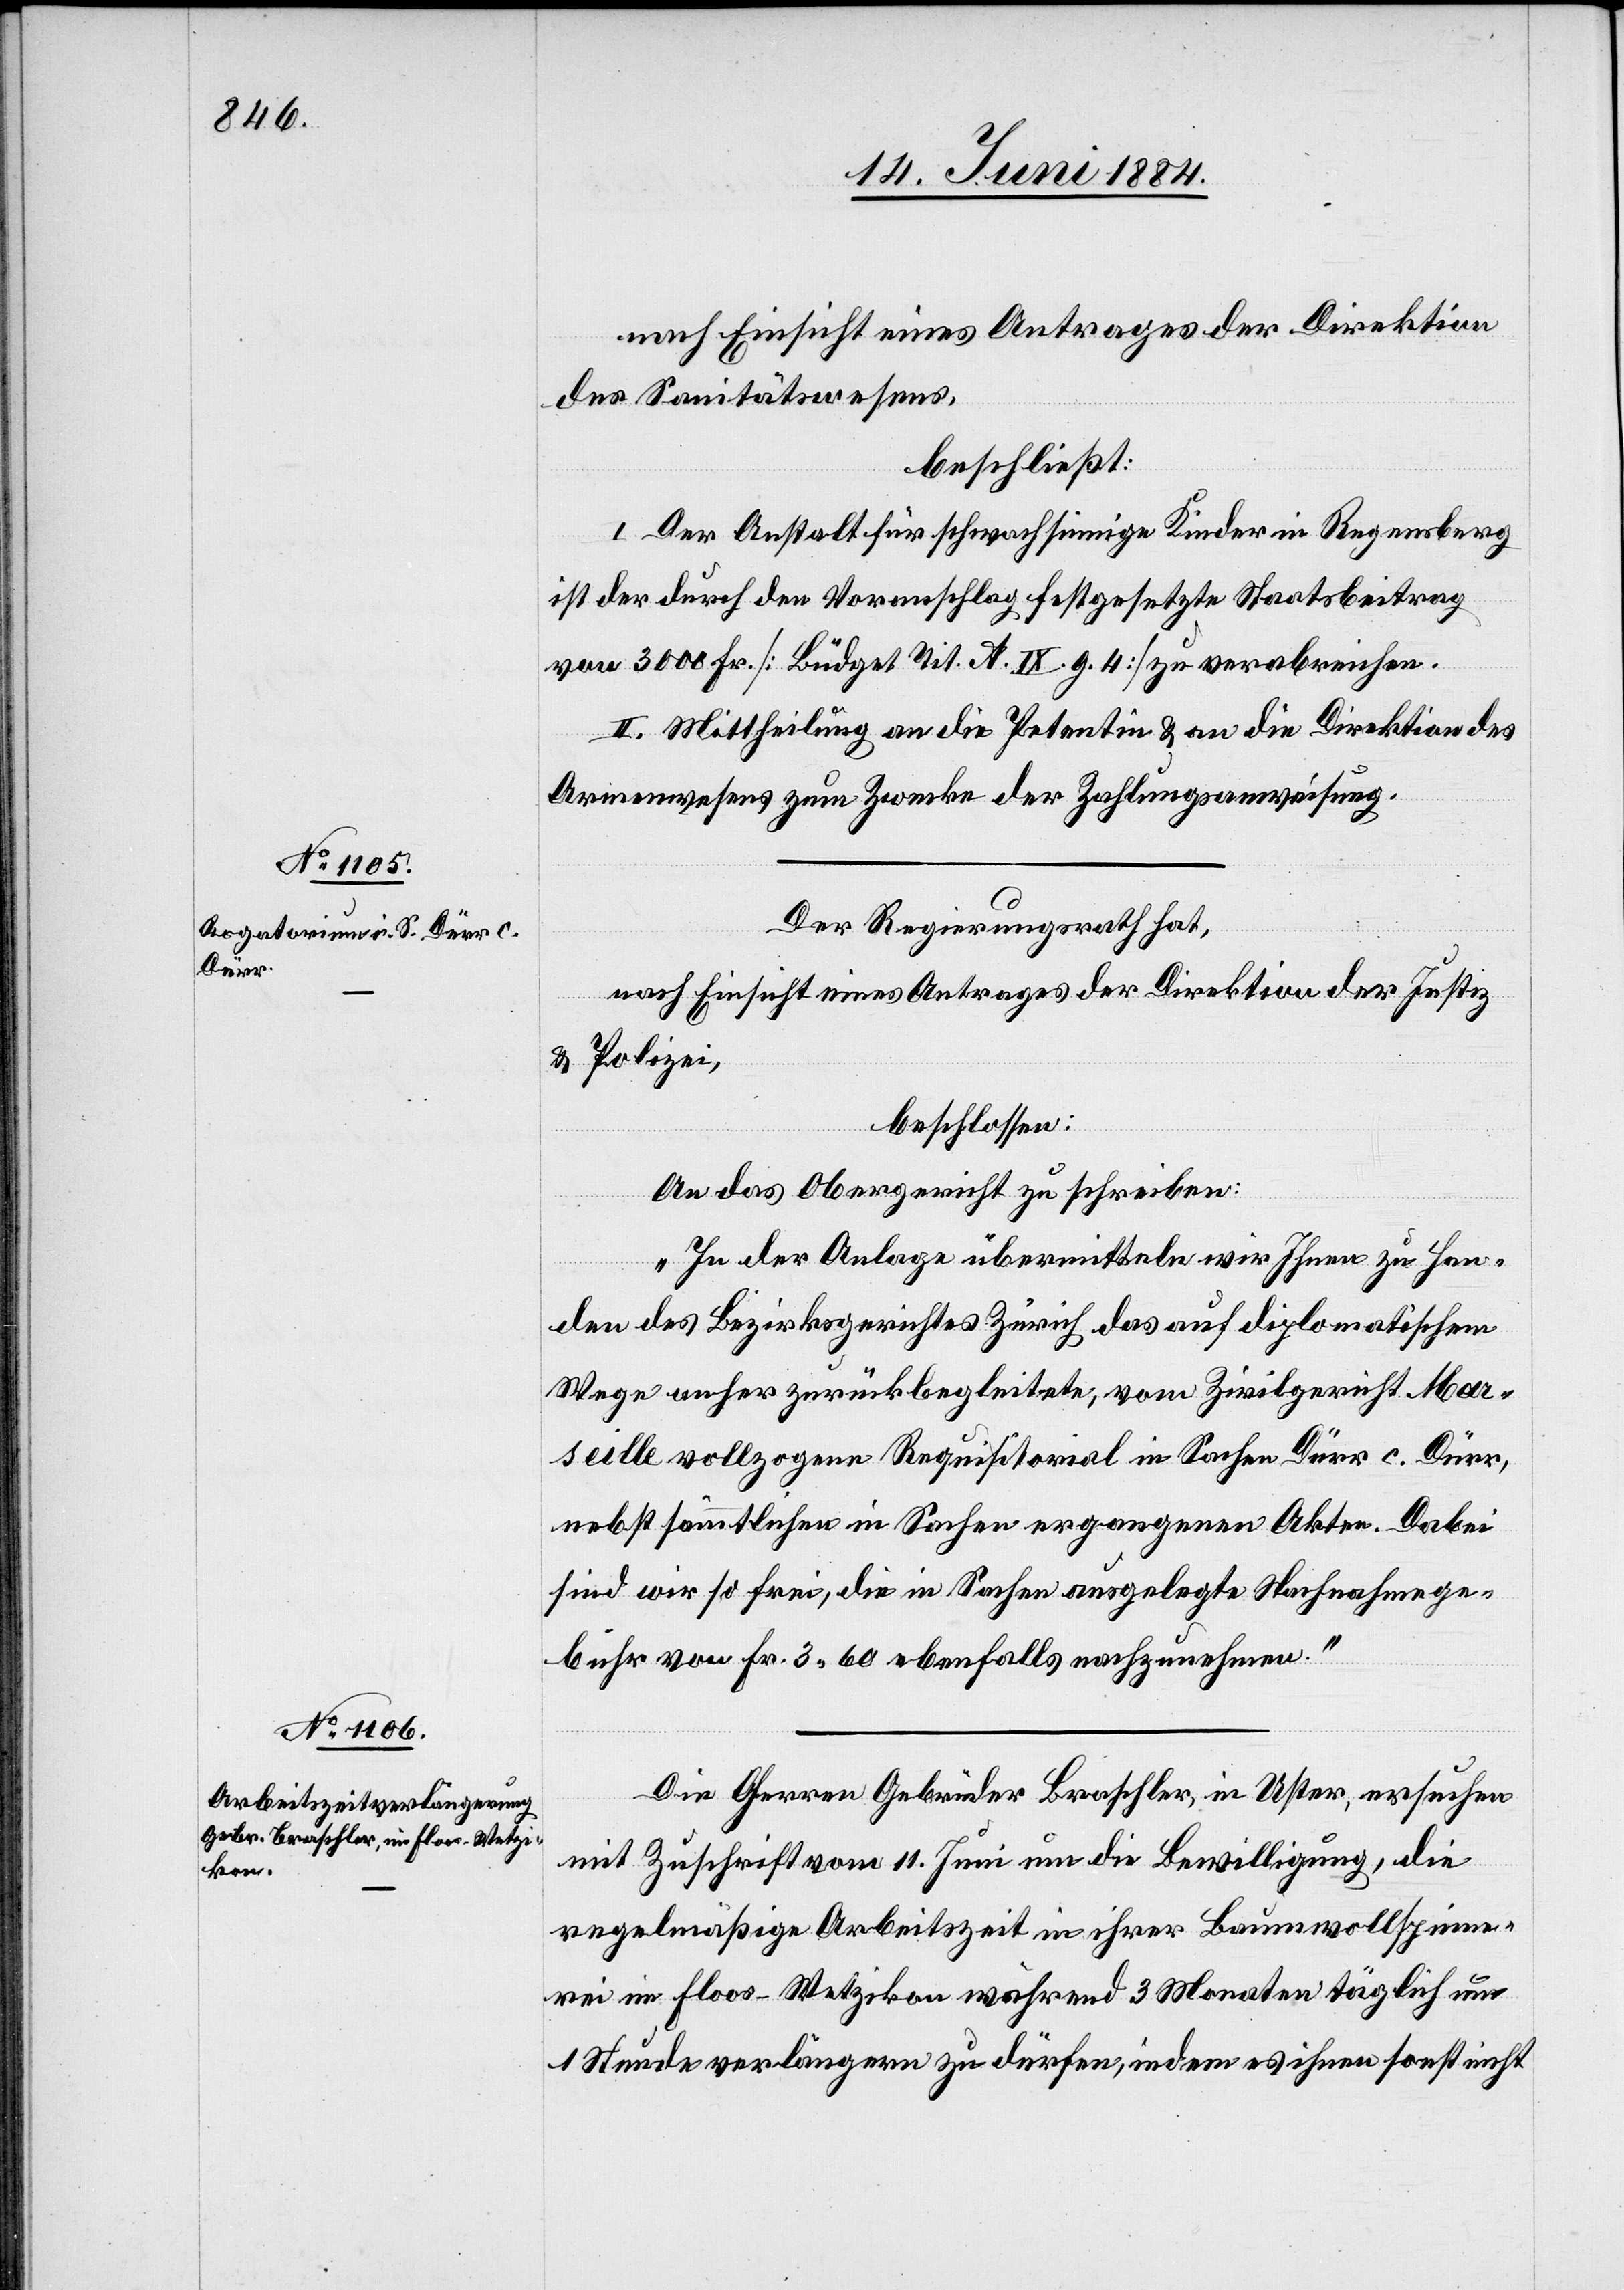
17. Juni 1884.]
nach Einsicht eines Antrages der Direktion
des Sanitätswesens,
beschließt:
I. Der Anstalt für schwachsinnige Kinder in Regensberg
ist der durch den Voranschlag festgesetzte Staatsbeitrag
von 3000 Fr. [Büdget Tit. A. IX. g. 4] zu verabreichen.
II. Mittheilung an die Petentin & an die Direktion des
Armenwesens zum Zwecke der Zahlungsanweisung.
Der Regierungsrath hat,
nach Einsicht eines Antrages der Direktion der Justiz
& Polizei,
beschlossen:
An das Obergericht zu schreiben:
„In der Anlage übermitteln wir Ihnen zu Han¬
den des Bezirksgerichtes Zürich das auf diplomatischem
Wege anher zurückbegleitete, vom Zivilgericht Mar¬
seille vollzogene Requisitorial in Sachen Dürr c. Dürr,
nebst sämmtlichen in Sachen ergangenen Akten. Dabei
sind wir so frei, die in Sachen ausgelegte Nachnahmege¬
bühr von Fr. 3 60 ebenfalls nachzunehmen.“
Die Herren Gebrüder Braschler, in Uster, ersuchen
mit Zuschrift vom 11. Juni um die Bewilligung, die
regelmäßige Arbeitszeit in ihrer Baumwollspinne¬
rei im Floos - Wetzikon während 3 Monaten täglich um
1 Stunde verlängern zu dürfen, indem es ihnen sonst nicht